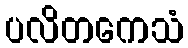
ပလိတကေသံ